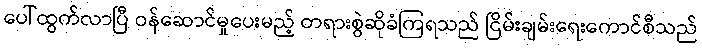
ပေါ်ထွက်လာပြီ ဝန်ဆောင်မှုပေးမည့် တရားစွဲဆိုခံကြရသည် ငြိမ်းချမ်းရေးကောင်စီသည်